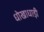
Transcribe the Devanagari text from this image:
धोखाधाड़ी